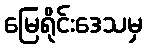
မြေရိုင်းဒေသမှ